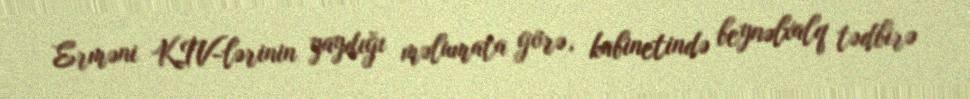
Erməni KİV-lərinin yaydığı məlumata görə, kabinetində beynəlxalq tədbirə